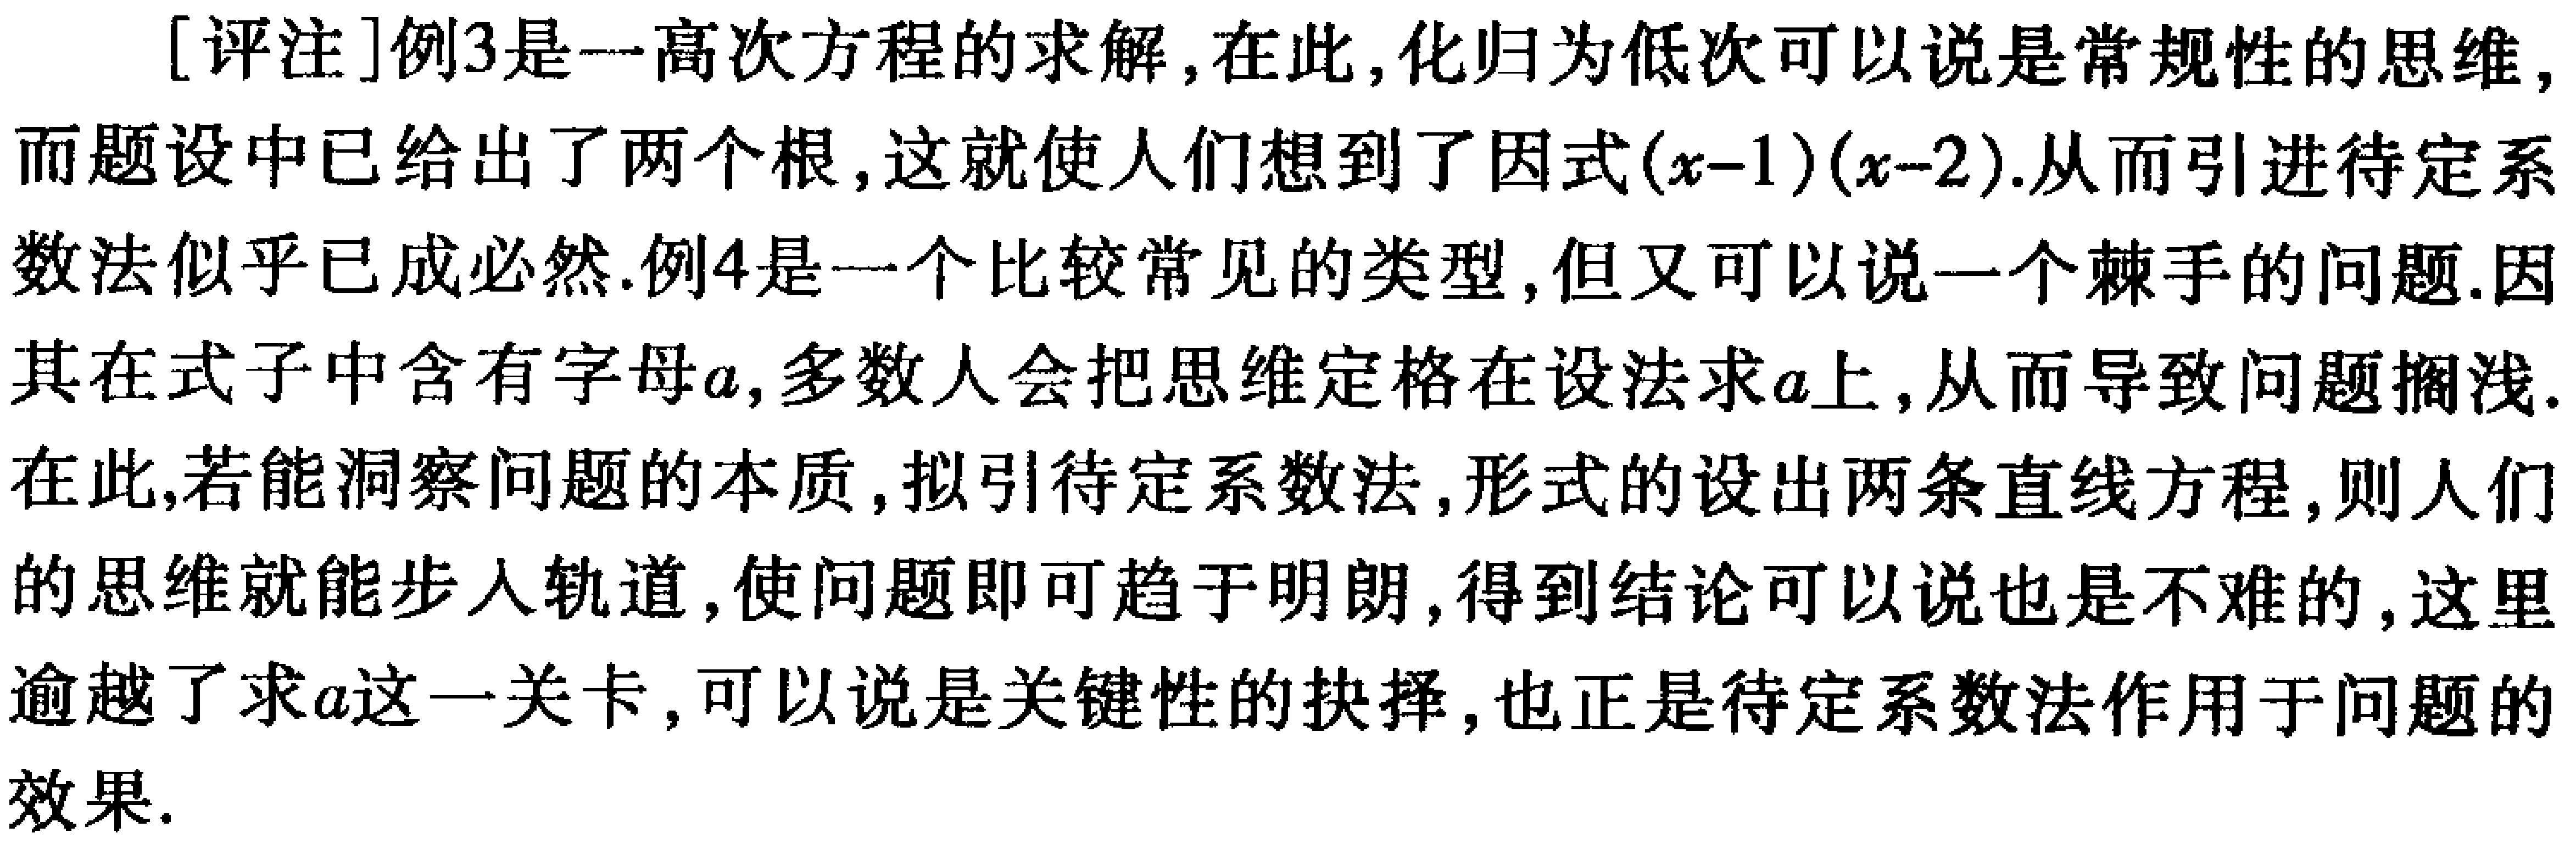
[评注]例3是一高次方程的求解,在此,化归为低次可以说是常规性的思维,而题设中已给出了两个根,这就使人们想到了因式\((x - 1)(x - 2)\).从而引进待定系数法似乎已成必然.例4是一个比较常见的类型,但又可以说一个棘手的问题.因其在式子中含有字母\(a\),多数人会把思维定格在设法求\(a\)上,从而导致问题搁浅.在此,若能洞察问题的本质,拟引待定系数法,形式的设出两条直线方程,则人们的思维就能步入轨道,使问题即可趋于明朗,得到结论可以说也是不难的,这里逾越了求\(a\)这一关卡,可以说是关键性的抉择,也正是待定系数法作用于问题的效果.